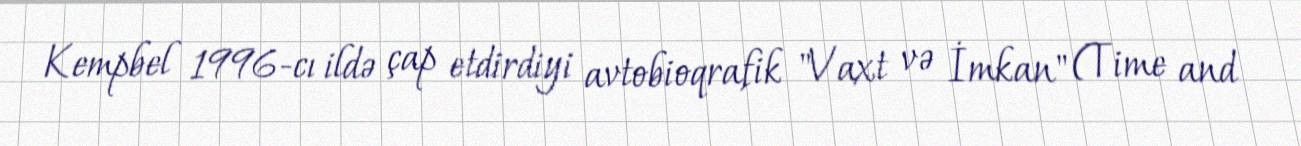
Kempbel 1996-cı ildə çap etdirdiyi avtobioqrafik "Vaxt və İmkan" (Time and